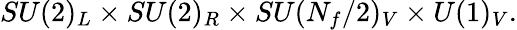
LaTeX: SU(2)_{L}\times SU(2)_{R}\times SU(N_{f}/2)_{V}\times U(1)_{V}.